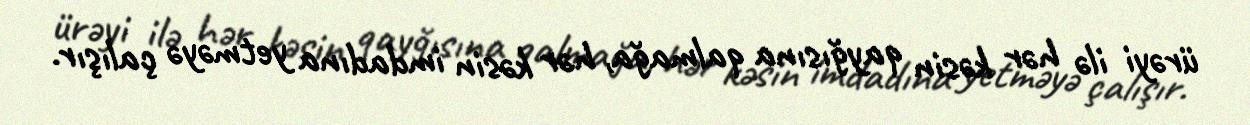
ürəyi ilə hər kəsin qayğısına qalmağa, hər kəsin imdadına yetməyə çalışır.